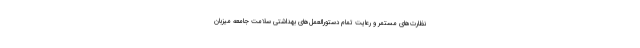
نظارت‌های مستمر و رعایت تمام دستورالعمل‌های بهداشتی سلامت جامعه میزبان